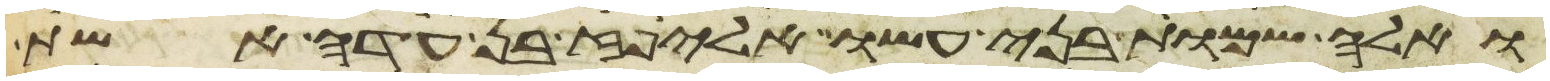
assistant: ואלה שמות בני עשו אליפז בן עדה אשת